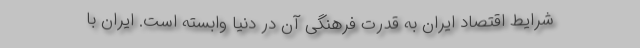
شرایط اقتصاد ایران به قدرت فرهنگی آن در دنیا وابسته است. ایران با